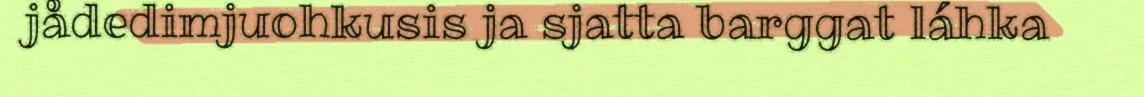
jådedimjuohkusis ja sjatta barggat láhka